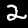
Label: 2